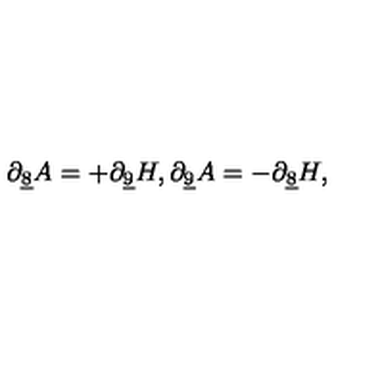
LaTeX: \partial _ { \underline { { 8 } } } A = + \partial _ { \underline { { 9 } } } H , \partial _ { \underline { { 9 } } } A = - \partial _ { \underline { { 8 } } } H ,